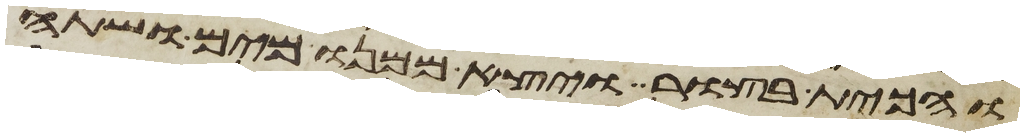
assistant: והכית בצור ויצא ממנו מים ושתה